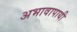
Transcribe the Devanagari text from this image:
अभावापायी